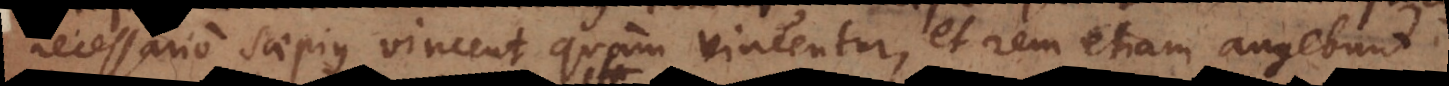
necessario saepius vincent quam vincentur, et rem etiam augebunt